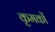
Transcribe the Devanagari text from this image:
कृमकों